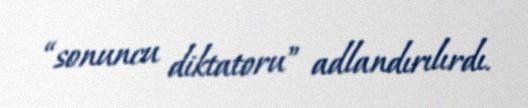
“sonuncu diktatoru” adlandırılırdı.